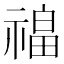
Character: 𰨎